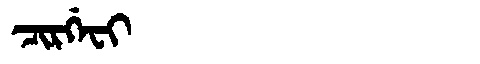
Manchu: ᠴᡳᡵᡤᡝᠸᡳ
Romanization: CIRGEFI